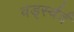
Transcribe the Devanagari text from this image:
वर्ड्स्वर्द